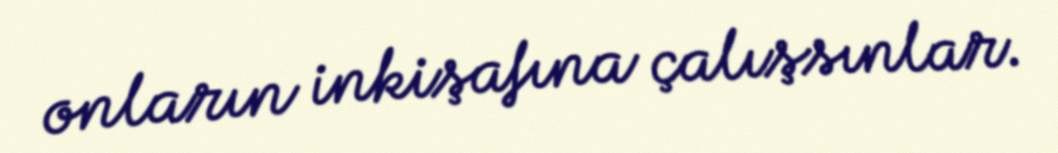
onların inkişafına çalışsınlar.